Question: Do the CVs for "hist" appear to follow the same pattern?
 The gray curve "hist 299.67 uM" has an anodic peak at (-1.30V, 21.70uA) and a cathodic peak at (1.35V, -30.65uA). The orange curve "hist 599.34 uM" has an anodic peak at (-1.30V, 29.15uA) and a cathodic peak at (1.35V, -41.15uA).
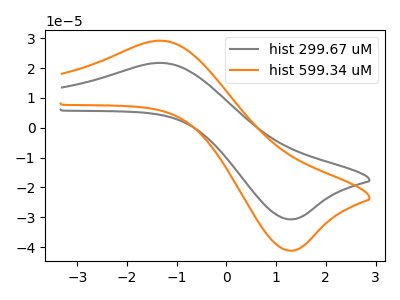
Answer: <think>All the peaks in "hist 299.67 uM" have a peak in "hist 599.34 uM" at the same potential. Every peak in "hist 299.67 uM" is lower than every peak in "hist 599.34 uM".
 </think>
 <answer>All the CV's of "hist" have similar shape.</answer>
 <eval>follow_rule</eval>